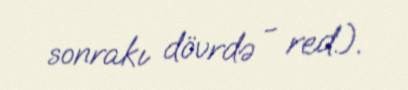
sonrakı dövrdə - red.).